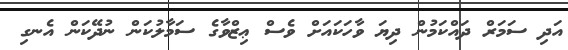
އަދި ސަމަރް ދައްކަމުން ދިޔަ ވާހަކައަށް ވެސް ޢިޒްވާގެ ސަމާލުކަން ނުދޭކަން އެނގި